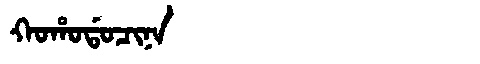
Manchu: ᡴᠣᡥᠣᡩᠣᠴᡳᠨᠠ
Romanization: KOHODOCINA